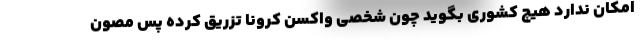
امکان ندارد هیچ کشوری بگوید چون شخصی واکسن کرونا تزریق کرده پس مصون